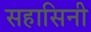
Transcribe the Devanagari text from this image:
सहासिनी